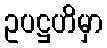
ဥပဋ္ဌဟိမှာ